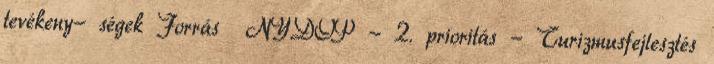
tevékeny- ségek Forrás ▪NYDOP - 2. prioritás - Turizmusfejlesztés